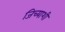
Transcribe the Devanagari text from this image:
जिच्याशी